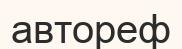
автореф